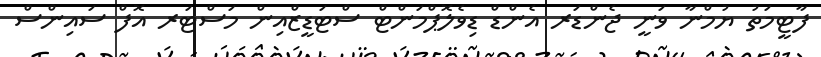
ފާޓީމަތު ޔުމްނާ ވަނީ ޖެންޑަރ އެންޑް ޑިވެލޮޕްމަންޓް ސްޓަޑީޒްއިން މަސްޓަރ އޮފް ސައިންސް